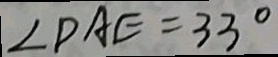
\angle D A E = 3 3 ^ { \circ }